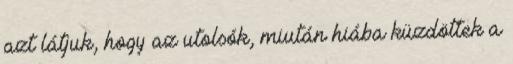
azt látjuk, hogy az utolsók, miután hiába küzdöttek a